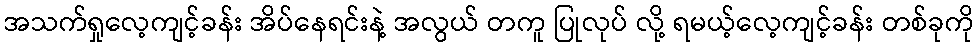
အသက်ရှုလေ့ကျင့်ခန်း အိပ်နေရင်းနဲ့ အလွယ် တကူ ပြုလုပ် လို့ ရမယ့်လေ့ကျင့်ခန်း တစ်ခုကို